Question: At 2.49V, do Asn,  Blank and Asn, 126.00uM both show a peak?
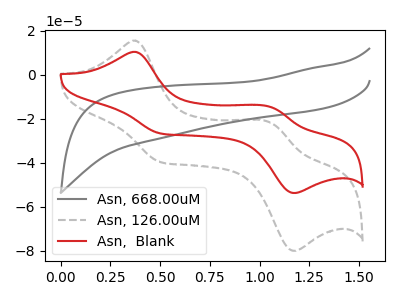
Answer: <think>The gray curve "Asn, 668.00uM" has no peaks. The gray dashed curve "Asn, 126.00uM" has anodic peaks at (0.35V, 15.55uA) (1.05V, -21.65uA) and cathodic peaks at (0.50V, -39.70uA) (1.15V, -80.05uA). The red curve "Asn,  Blank" has anodic peaks at (0.35V, 10.45uA) (1.05V, -14.55uA) and cathodic peaks at (0.50V, -26.65uA) (1.15V, -53.75uA).</think>
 <answer>No, "Asn,  Blank" and "Asn, 126.00uM" dont share a peak at 2.49V.</answer>
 <eval>mismatch</eval>